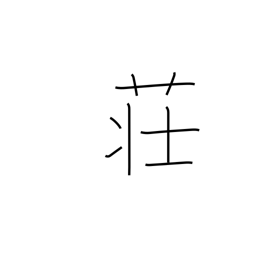
Meaning: inn